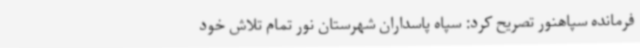
فرمانده سپاهنور تصریح کرد: سپاه پاسداران شهرستان نور تمام تلاش خود